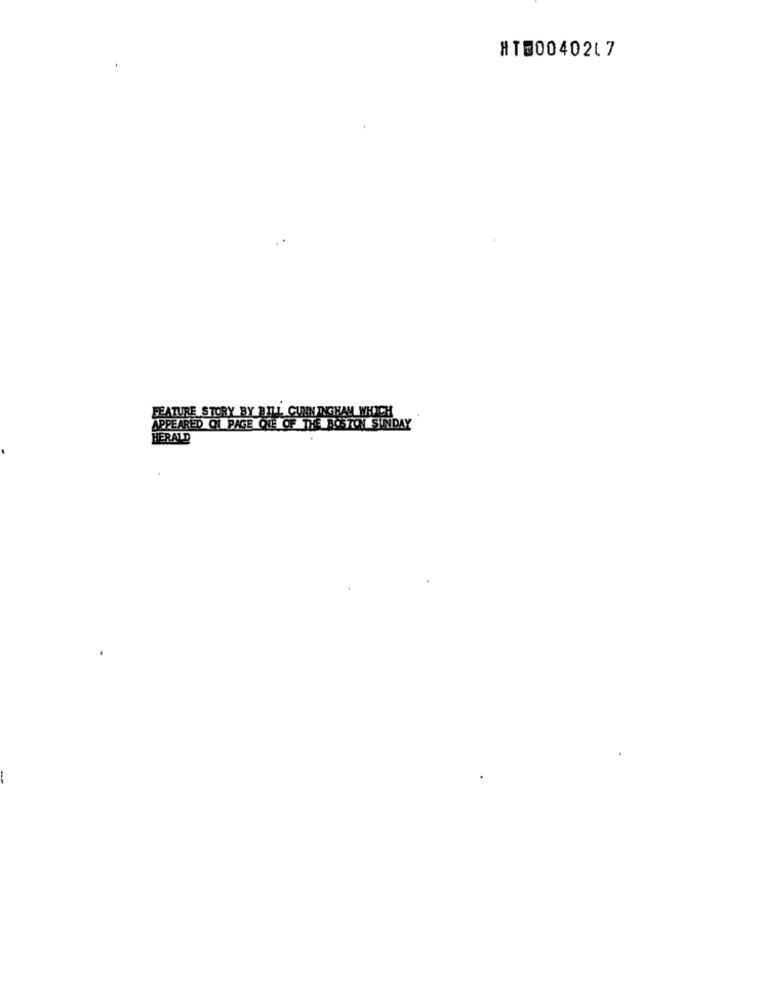
HT@004021 7
FEATURE STORY BY BILL CUNNINGHAM WHICH
APPEARED OI PAGE ONE OF THE BOSTON SUNDAY
HERALD